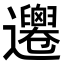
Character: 𨙙